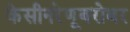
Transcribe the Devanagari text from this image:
केसीनरेणूबरोबर